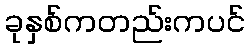
ခုနှစ်ကတည်းကပင်